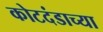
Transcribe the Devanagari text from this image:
कोटदंडाच्या